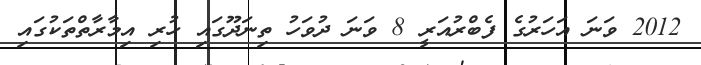
2012 ވަނަ އަހަރުގެ ފެބްރުއަރީ 8 ވަނަ ދުވަހު ތިނަދޫގައި ހުރި އިމާރާތްތަކުގައި